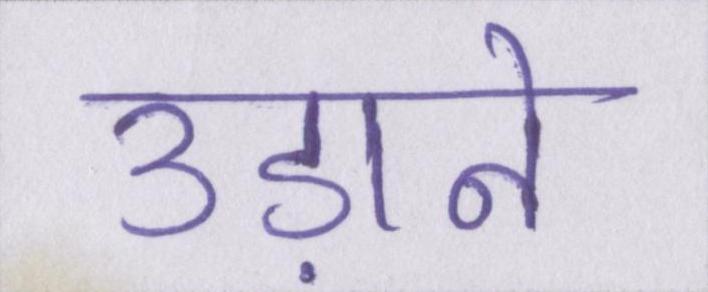
उड़ाने